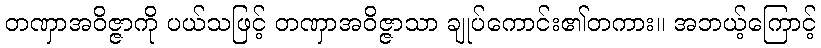
တဏှာအဝိဇ္ဇာကို ပယ်သဖြင့် တဏှာအဝိဇ္ဇာသာ ချုပ်ကောင်း၏တကား။ အဘယ့်ကြောင့်